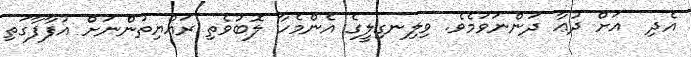
އެދި  އަށް ދުޢާ ދަންނަވަމެވެ. ވިލިނގިލީގެ އެންމެހާ ލޮބުވެތި ރައްޔިތުންނަށް އުފާފާގަތި